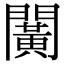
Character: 𨶰